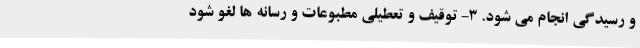
و رسیدگی انجام می شود. 3- توقیف و تعطیلی مطبوعات و رسانه ها لغو شود